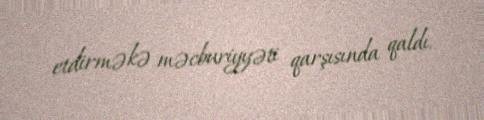
etdirməkə məcburiyyəti qarşısında qaldı.